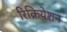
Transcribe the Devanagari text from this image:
रिक्रियेशन